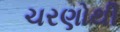
ચરણોથી